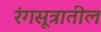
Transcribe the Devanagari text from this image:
रंगसूत्रातील